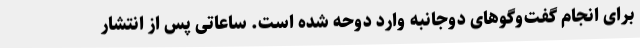
برای انجام گفت‌و‌گوهای دوجانبه وارد دوحه شده است. ساعاتی پس از انتشار